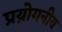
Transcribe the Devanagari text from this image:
प्रय़ोगनीय